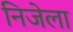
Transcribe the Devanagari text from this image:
निजेला